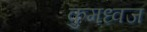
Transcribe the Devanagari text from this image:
कुमध्वज